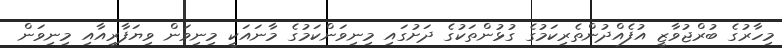
މިހާރުގެ ބުރްޖުވާޒީ އުފެއްދުންތެރިކަމުގެ ގުޅުންތަކުގެ ދަށުގައި މިނިވަންކަމުގެ މާނައަކީ މިނިވަން ވިޔަފާރިއާއި މިނިވަން